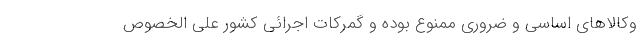
وکالاهای اساسی و ضروری ممنوع بوده و گمرکات اجرائی کشور علی الخصوص